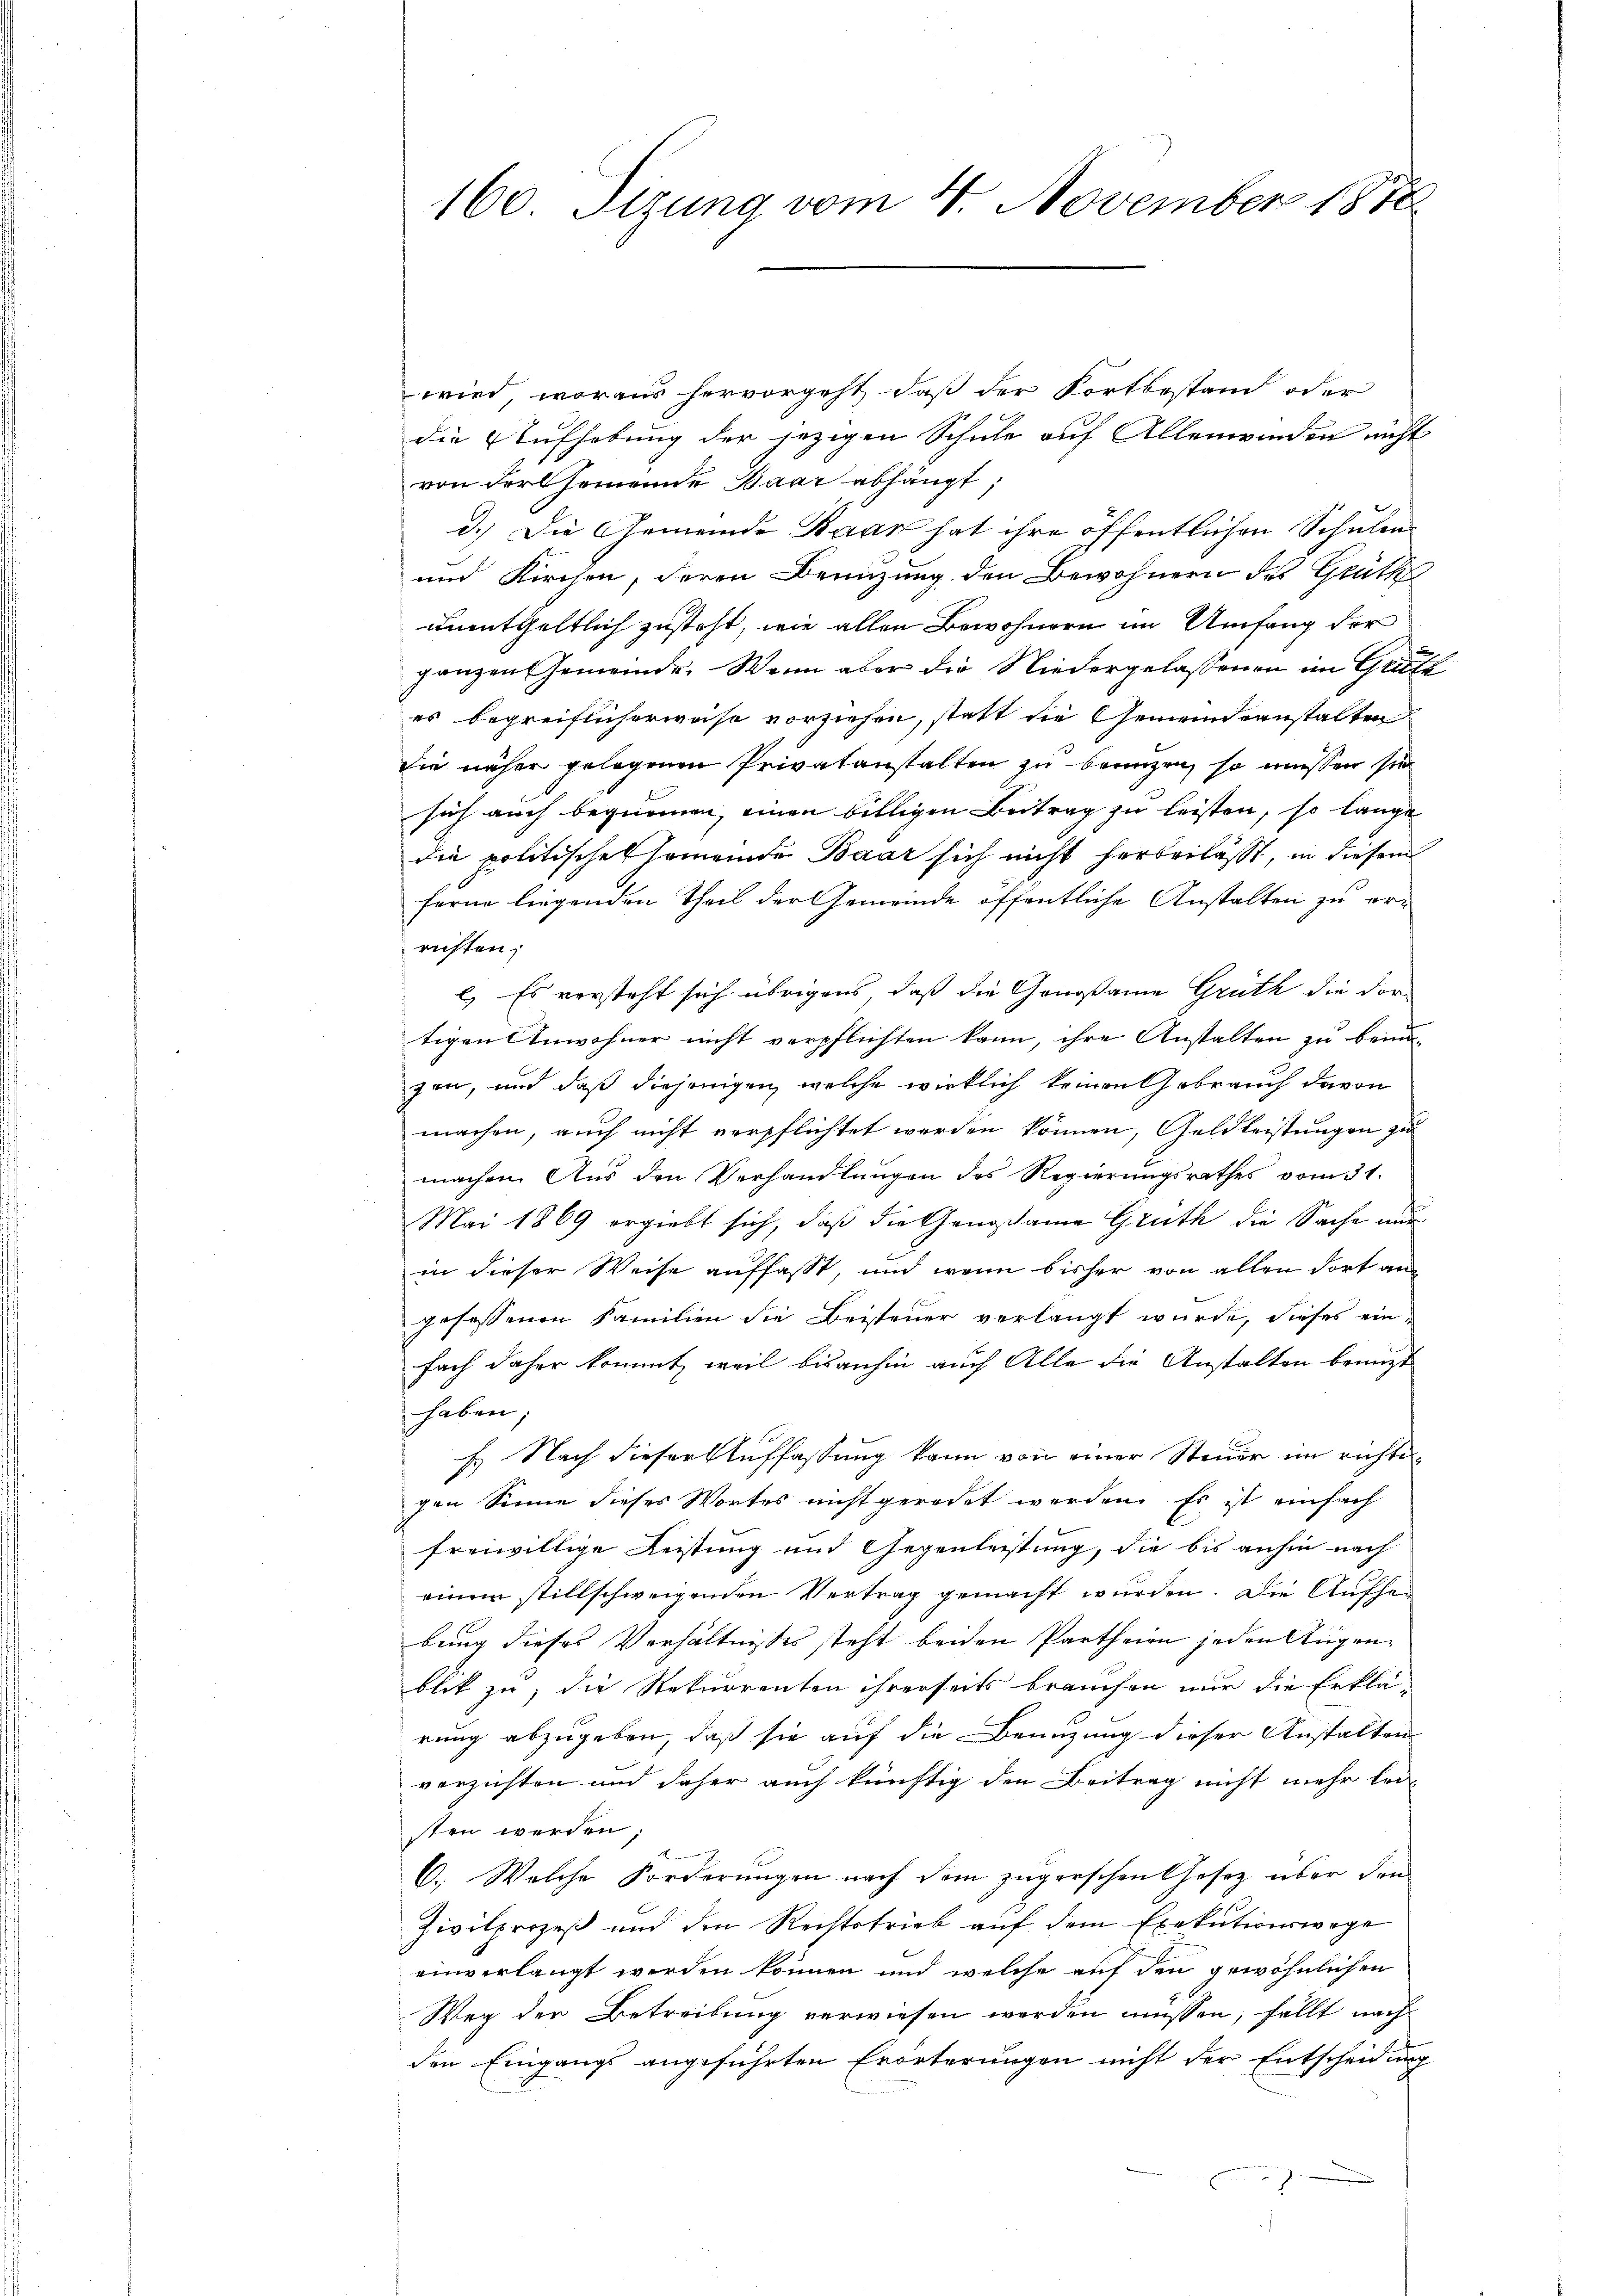
160. Sizung vom 4. November 187

wird, woraus hervorgeht, daß der Fortbestand oder
die Aufhebung der jezigen Schule auf Allenwinden nicht
von der Gemeinde Baar abhängt;
d.) Die Gemeinde Baar hat ihre öffentlichen Schulen
und Kirchen, deren Benuzung den Bewohnern des Grüth
unentgeltlich zusteht, wie allen Bewohnern im Umfang der
ganzen Gemeinde. Wenn aber die Niedergelassenen im Grütz
es begreiflicherweise vorziehen, statt die Gemeindeanstalten
die näher gelegenen Privatanstalten zu bringen, so müssen sie
sich auch bequemen, einen billigen Beitrag zu leisten, so lange
die politisches Gemeinde Baar sich nicht herberlässt, in diesem
ferne liegenden Theil der Gemeinde öffentliche Anstalten zu errichten,
l. Es versteht sich übrigens, daß die Genoßame Grüth die dortigen Anwohner nicht verpflichten kann, ihre Anstalten zu bein-
zen, und daß diejenigen, welche wirklich keinen Gebrauch davon
machen, auch nicht verpflichtet werden können, Geldleistungen zu
machen. Aus den Verhandlungen des Regierungsrathes vom 31.
Mai 1869 ergiebt sich, daß die Genossame Grüth die Sache mit
in dieser Weise auffasst, und wenn bisher von allen dort an
gefassenen Familien die Beisteuer verlangt wurde, dieses ein-
fach daher kommt, weil bisanhin auch Alle die Anstalten benuzt
haben;
F. Nach dieser Auffassung kann von einer Steuer im richtegen Sinne dieses Wortes nicht geradet werden. Es ist einfach
freiwillige Leistung und Gegenleistung, die bis anhin nach
einem stillschweigenden Vertrag gemacht wurden. Die Aufhei
bung dieses Verhältnisses steht beiden Partheien jeden Augenblik zu, die Rekurrenten ihrerseits brauchen nur die Erklä-
rung abzugeben, daß sie auf die Benuzung dieser Anstalten
verzichten und daher auch künftig den Beitrag nicht mehr leisten werden
C. Welche Forderungen nach dem zugerschen Gesetz über den
Zivilprozeß und den Rechtstrieb auf dem Exekutionswege
einverlangt werden können und welche auf den gewöhnlichen
Weg der Betreibung verwiesen werden müssen, fällt nach
den Eingangs angeführten Erörterungen nicht der Entscheidung
n